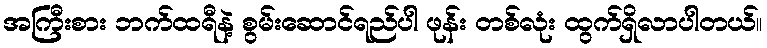
အကြီးစား ဘက်ထရီနဲ့ စွမ်းဆောင်ရည်ပါ ဖုန်း တစ်လုံး ထွက်ရှိလာပါတယ်။